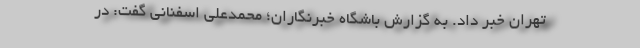
تهران خبر داد. به گزارش باشگاه خبرنگاران؛ محمدعلی اسفنانی گفت: در